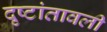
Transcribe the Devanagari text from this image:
दृष्टांतावली